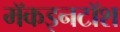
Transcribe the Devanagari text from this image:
मॅकइनटॉश